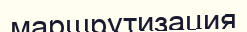
маршрутизация